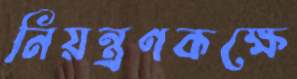
নিয়ন্ত্রণকক্ষে